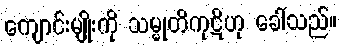
ကျောင်းမျိုးကို သမ္မုတိကုဋိဟု ခေါ်သည်။